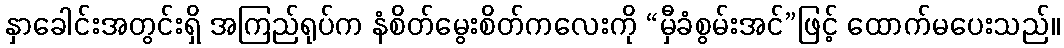
နှာခေါင်းအတွင်းရှိ အကြည်ရုပ်က နံစိတ်မွေးစိတ်ကလေးကို “မှီခံစွမ်းအင်”ဖြင့် ထောက်မပေးသည်။